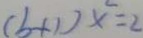
( b + 1 ) x = 2